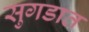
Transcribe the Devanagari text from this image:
सुगडात